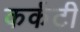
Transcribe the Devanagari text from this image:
कर्कटी